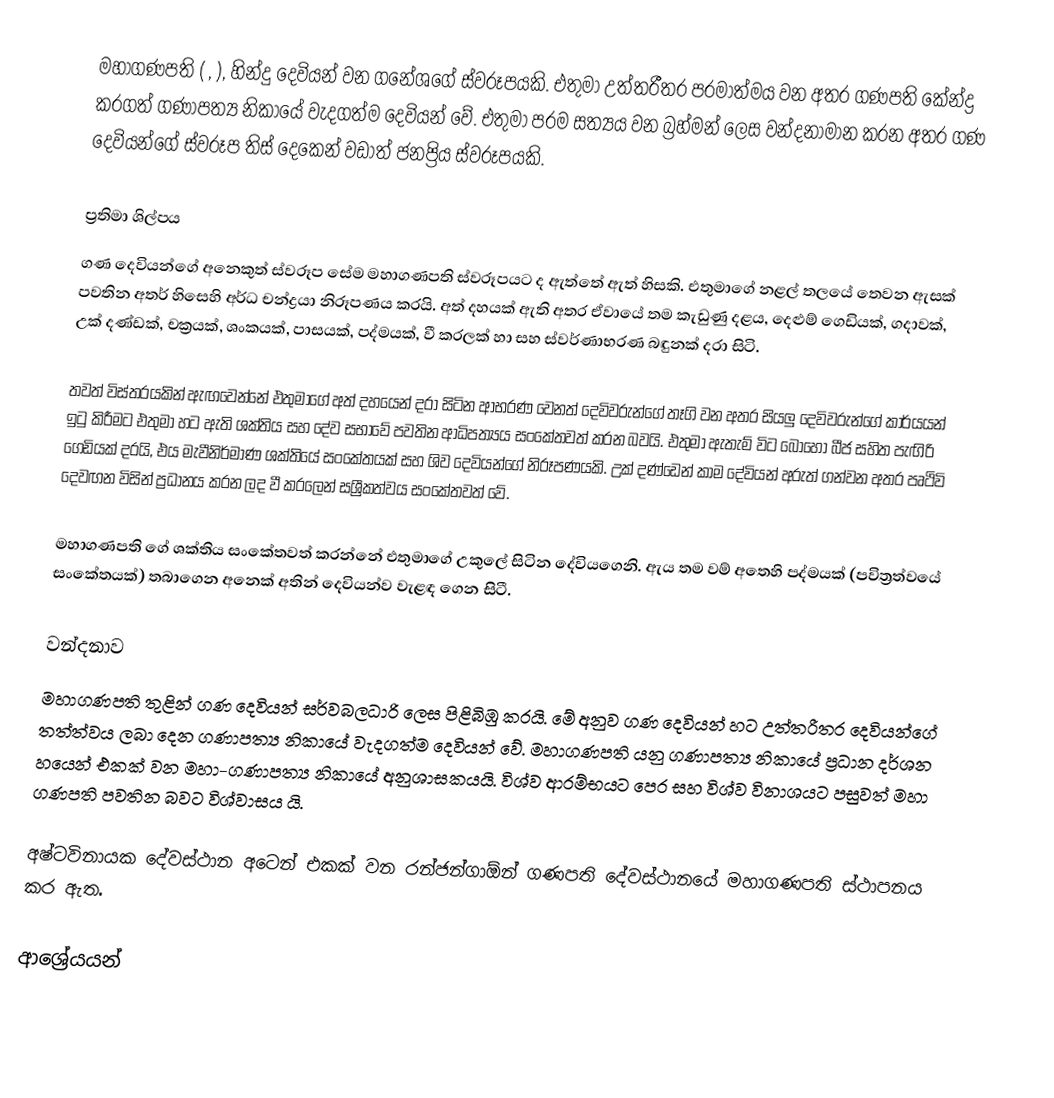
මහාගණපති (  ,  ),  හින්දු දෙවියන් වන ගනේශගේ ස්වරූපයකි. එතුමා උත්තරීතර පරමාත්මය වන අතර ගණපති කේන්ද්‍ර කරගත් ගණාපත්‍ය නිකායේ වැදගත්ම දෙවියන් වේ. එතුමා පරම සත්‍යය වන බ්‍රහ්මන් ලෙස වන්දනාමාන කරන අතර ගණ දෙවියන්ගේ ස්වරූප තිස් දෙකෙන් වඩාත් ජනප්‍රිය ස්වරූපයකි.

ප්‍රතිමා ශිල්පය
ගණ දෙවියන්ගේ අනෙකුත් ස්වරූප සේම මහාගණපති ස්වරූපයට ද ඇත්තේ ඇත් හිසකි. එතුමාගේ නළල් තලයේ තෙවන ඇසක් පවතින අතර් හිසෙහි අර්ධ චන්ද්‍රයා නිරූපණය කරයි. අත් දහයක් ඇති අතර ඒවායේ තම කැඩුණු දළය, දෙළුම් ගෙඩියක්, ගදාවක්, උක් දණ්ඩක්, චක්‍රයක්, ශංකයක්, පාසයක්, පද්මයක්, වී කරලක් හා සහ ස්වර්ණාභරණ බඳුනක් දරා සිටි.

තවත් විස්තරයකින් ඇඟවෙන්නේ එතුමාගේ අත් දහයෙන් දරා සිටින ආභරණ වෙනත් දෙවිවරුන්ගේ තෑගි වන අතර සියලු දෙවිවරුන්ගේ කාර්යයන් ඉටු කිරීමට එතුමා හට ඇති ශක්තිය සහ දේව සභාවේ පවතින ආධිපත්‍යය සංකේතවත් කරන බවයි. එතුමා ඇතැම් විට බොහෝ බීජ සහිත පැඟිරි ගෙඩියක් දරයි, එය මැවීනිර්මාණ ශක්තියේ සංකේතයක් සහ ශිව දෙවියන්ගේ නිරූපණයකි. උක් දණ්ඩෙන් කාම දේවියන් අරුත් ගන්වන අතර පෘථිවි දෙවඟන විසින් ප්‍රධානය කරන ලද වී කරලෙන් සශ්‍රීකත්වය සංකේතවත් වේ.

මහාගණපති ගේ ශක්තිය සංකේතවත් කරන්නේ එතුමාගේ උකුලේ සිටින දේවියගෙනි. ඇය තම වම් අතෙහි පද්මයක් (පවිත්‍රත්වයේ සංකේතයක්) තබාගෙන අනෙක් අතින් දෙවියන්ව වැළඳ ගෙන සිටී.

වන්දනාව
මහාගණපති තුළින් ගණ දෙවියන් සර්වබලධාරි ලෙස පිළිබිඹු කරයි. මේ අනුව ගණ දෙවියන් හට උත්තරීතර දෙවියන්ගේ තත්ත්වය ලබා දෙන ගණාපත්‍ය නිකායේ වැදගත්ම දෙවියන් වේ. මහාගණපති යනු ගණාපත්‍ය නිකායේ ප්‍රධාන දර්ශන හයෙන් එකක් වන මහා-ගණාපත්‍ය නිකායේ අනුශාසකයයි. විශ්ව ආරම්භයට පෙර සහ විශ්ව විනාශයට පසුවත් මහා ගණපති පවතින බවට විශ්වාසය යි.

අෂ්ටවිනායක දේවස්ථාන අටෙන් එකක් වන රන්ජන්ගාඕන් ගණපති දේවස්ථානයේ මහාගණපති ස්ථාපනය කර ඇත.

ආශ්‍රේයයන්